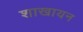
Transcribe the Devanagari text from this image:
शाखायन